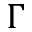
\Gamma